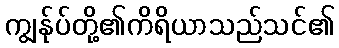
ကျွန်ုပ်တို့၏ကိရိယာသည်သင်၏